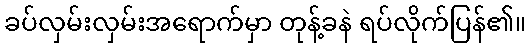
ခပ်လှမ်းလှမ်းအရောက်မှာ တုန့်ခနဲ ရပ်လိုက်ပြန်၏။